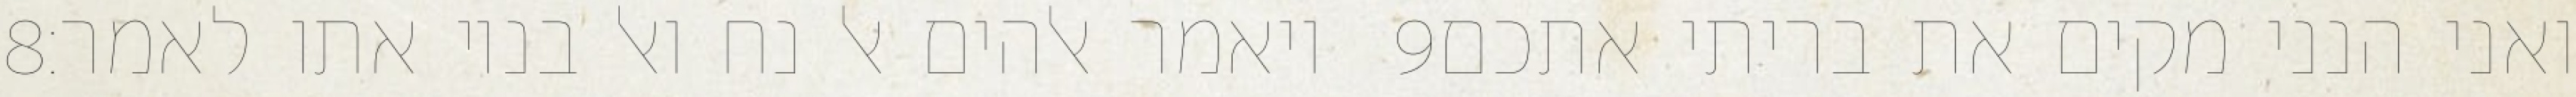
‎8‏ ויאמר אלהים אל נח ואל בניו אתו לאמר׃ ‎9‏ ואני הנני מקים את בריתי אתכם